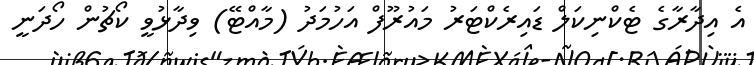
އެ އިދާރާގެ ޓެކްނިކަލް ޑައިރެކްޓަރު މައުރޫފް އަހުމަދު (މާއްޓޭ) ވިދާޅުވީ ކޯޗުން ހޯދަނީ